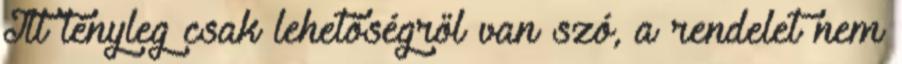
Itt tényleg csak lehetőségről van szó, a rendelet nem